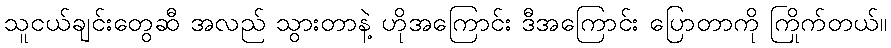
သူငယ်ချင်းတွေဆီ အလည် သွားတာနဲ့ ဟိုအကြောင်း ဒီအကြောင်း ပြောတာကို ကြိုက်တယ်။